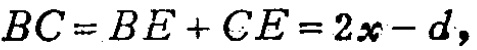
\(BC = BE + CE = 2x - d\)